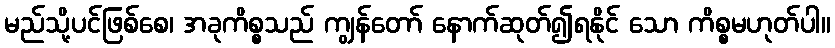
မည်သို့ပင်ဖြစ်စေ၊ အခုကိစ္စသည် ကျွန်တော် နောက်ဆုတ်၍ရနိုင် သော ကိစ္စမဟုတ်ပါ။